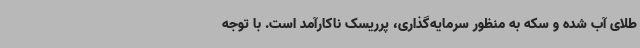
طلای آب شده و سکه به منظور سرمایه‌گذاری، پرریسک ناکارآمد است. با توجه